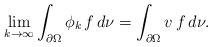
LaTeX: \begin{align*}\lim_{k\to\infty}\int_{\partial\Omega}\phi_k\, f\, d\nu=\int_{\partial\Omega}v\, f\, d\nu.\end{align*}